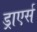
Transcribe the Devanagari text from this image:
ड्राएर्स